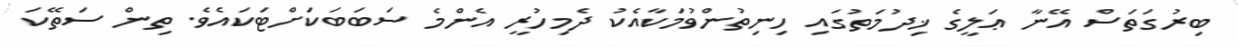
ބިރުގަތަސް އޭނާ ޢަލީގެ ޚިދުމަތުގައި ހިނިތުންވުމަކާއެކު ދެމިހުރީ އެންމެ ސަބަބަކަށްޓަކައެވެ. ތިން ސަތޭކަ